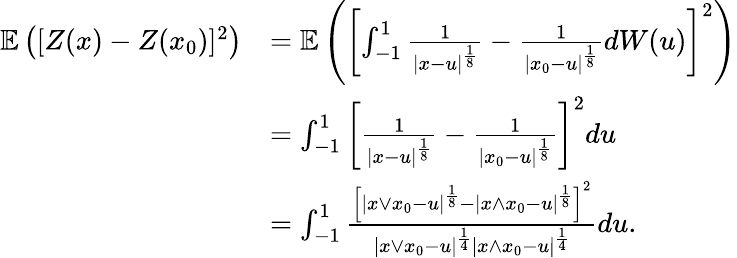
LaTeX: \begin{array}{rl}{\mathbb{E}\left([Z(x)-Z(x_{0})]^{2}\right)}&{=\mathbb{E}\left(\left[\int_{-1}^{1}\frac{1}{|x-u|^{\frac{1}{8}}}-\frac{1}{|x_{0}-u|^{\frac{1}{8}}}dW(u)\right]^{2}\right)}\\ &{=\int_{-1}^{1}\left[\frac{1}{|x-u|^{\frac{1}{8}}}-\frac{1}{|x_{0}-u|^{\frac{1}{8}}}\right]^{2}du}\\ &{=\int_{-1}^{1}\frac{\left[|x\vee x_{0}-u|^{\frac{1}{8}}-|x\wedge x_{0}-u|^{\frac{1}{8}}\right]^{2}}{|x\vee x_{0}-u|^{\frac{1}{4}}|x\wedge x_{0}-u|^{\frac{1}{4}}}du.}\end{array}